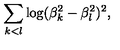
\sum _ { k < l } \log ( \beta _ { k } ^ { 2 } - \beta _ { l } ^ { 2 } ) ^ { 2 } ,